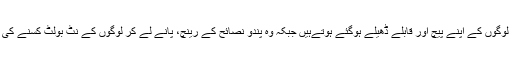
عام لوگوں کو سدھارنے پر ،بزعم خود مامور، لوگوں کے اپنے پیچ اور قابلے ڈھیلے ہوگئے ہوتےہیں جبکہ وہ پندو نصائح کے رینچ، پانے لے کر لوگوں کے نٹ بولٹ کسنے کی کوششیں، لگاتار اور مسلسل جاری رکھتےہیں۔